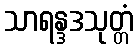
သာရန္ဒဒသုတ္တံ